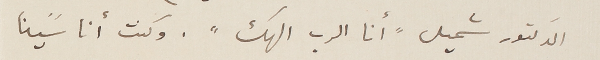
الدكتور شميل "أنا الرب الهك". وكنت انا سًينا